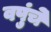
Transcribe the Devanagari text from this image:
वपुंचे